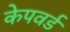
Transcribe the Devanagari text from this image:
केपवर्ड